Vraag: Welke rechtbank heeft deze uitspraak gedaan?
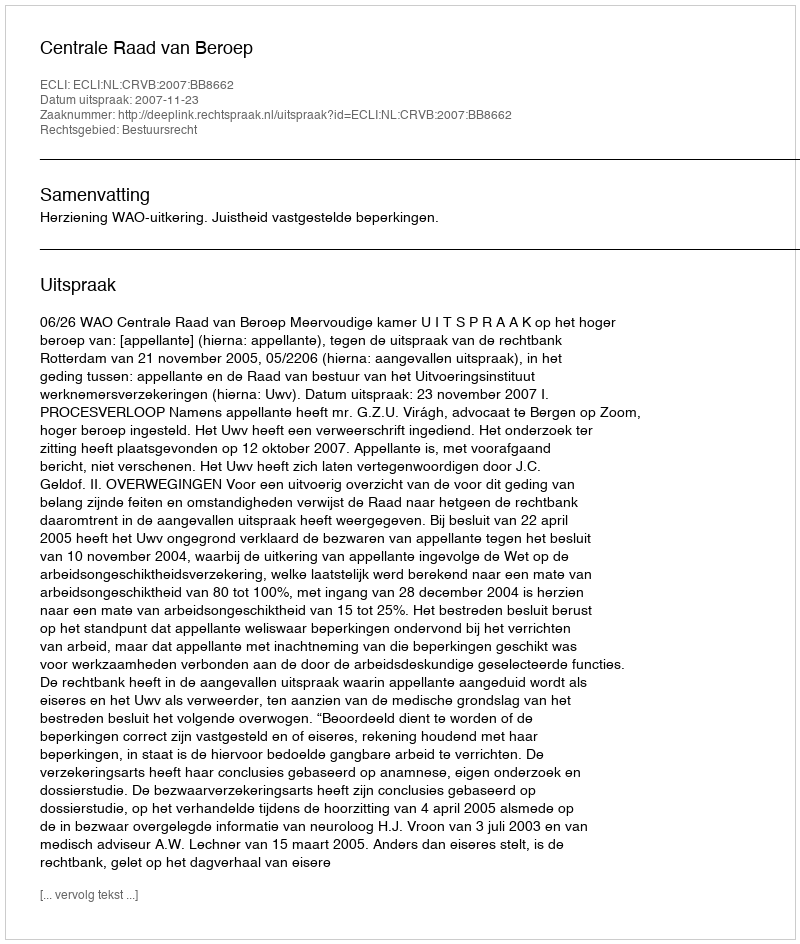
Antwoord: Centrale Raad van Beroep